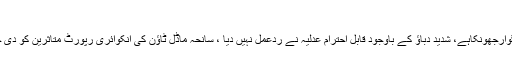
آج کاعدالتی فیصلہ ہواکاخوشگوارجھونکاہے
پاکستان عوامی تحریک کے سربراہ نے کہا کہ آج کاعدالتی فیصلہ ہواکاخوشگوارجھونکاہے، شدید دباؤ کے باوجود قابل احترام عدلیہ نے ردعمل نہیں دیا ، سانحہ ماڈل ٹاؤن کی انکوائری رپورٹ متاثرین کو دی جائے، ہائیکورٹ نے ساڑھے3سال کی جدوجہد کو ایک مقام تک پہنچایا ہے۔